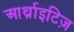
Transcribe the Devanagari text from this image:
आर्थ्राइटिज़